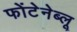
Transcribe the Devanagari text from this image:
फोंटेनेब्लू